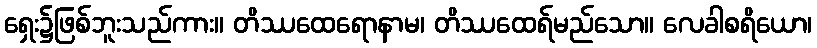
ရှေး၌ဖြစ်ဘူးသည်ကား။ တိဿထေရောနာမ၊ တိဿထေရ်မည်သော။ လေခါစရိယော၊